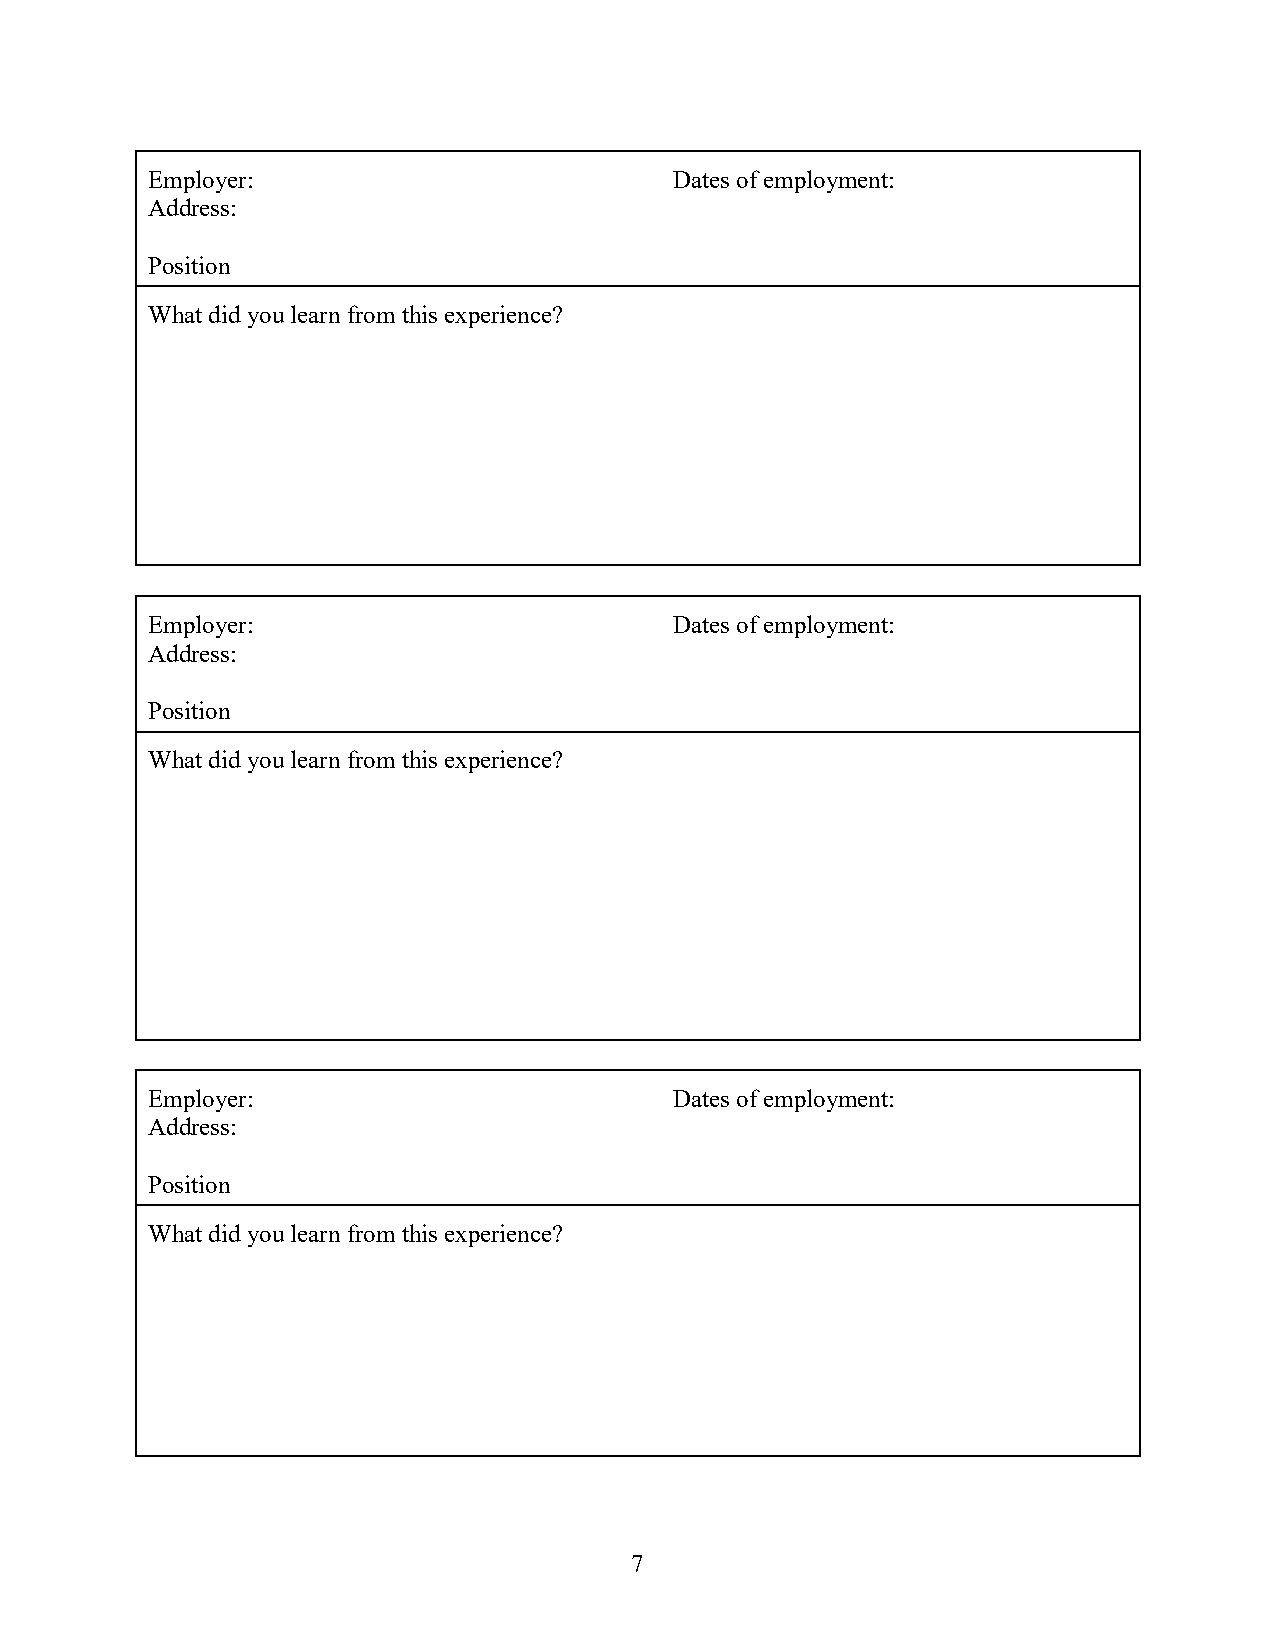
Employer:                          Dates of employment:
 Address:
 Position
 What did you learn from this experience?
 Employer:                          Dates of employment:
 Address:
 Position
 What did you learn from this experience?
 Employer:                          Dates of employment:
 Address:
 Position
 What did you learn from this experience?
 7